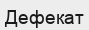
Дефекат